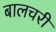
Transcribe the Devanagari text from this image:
बालचरी